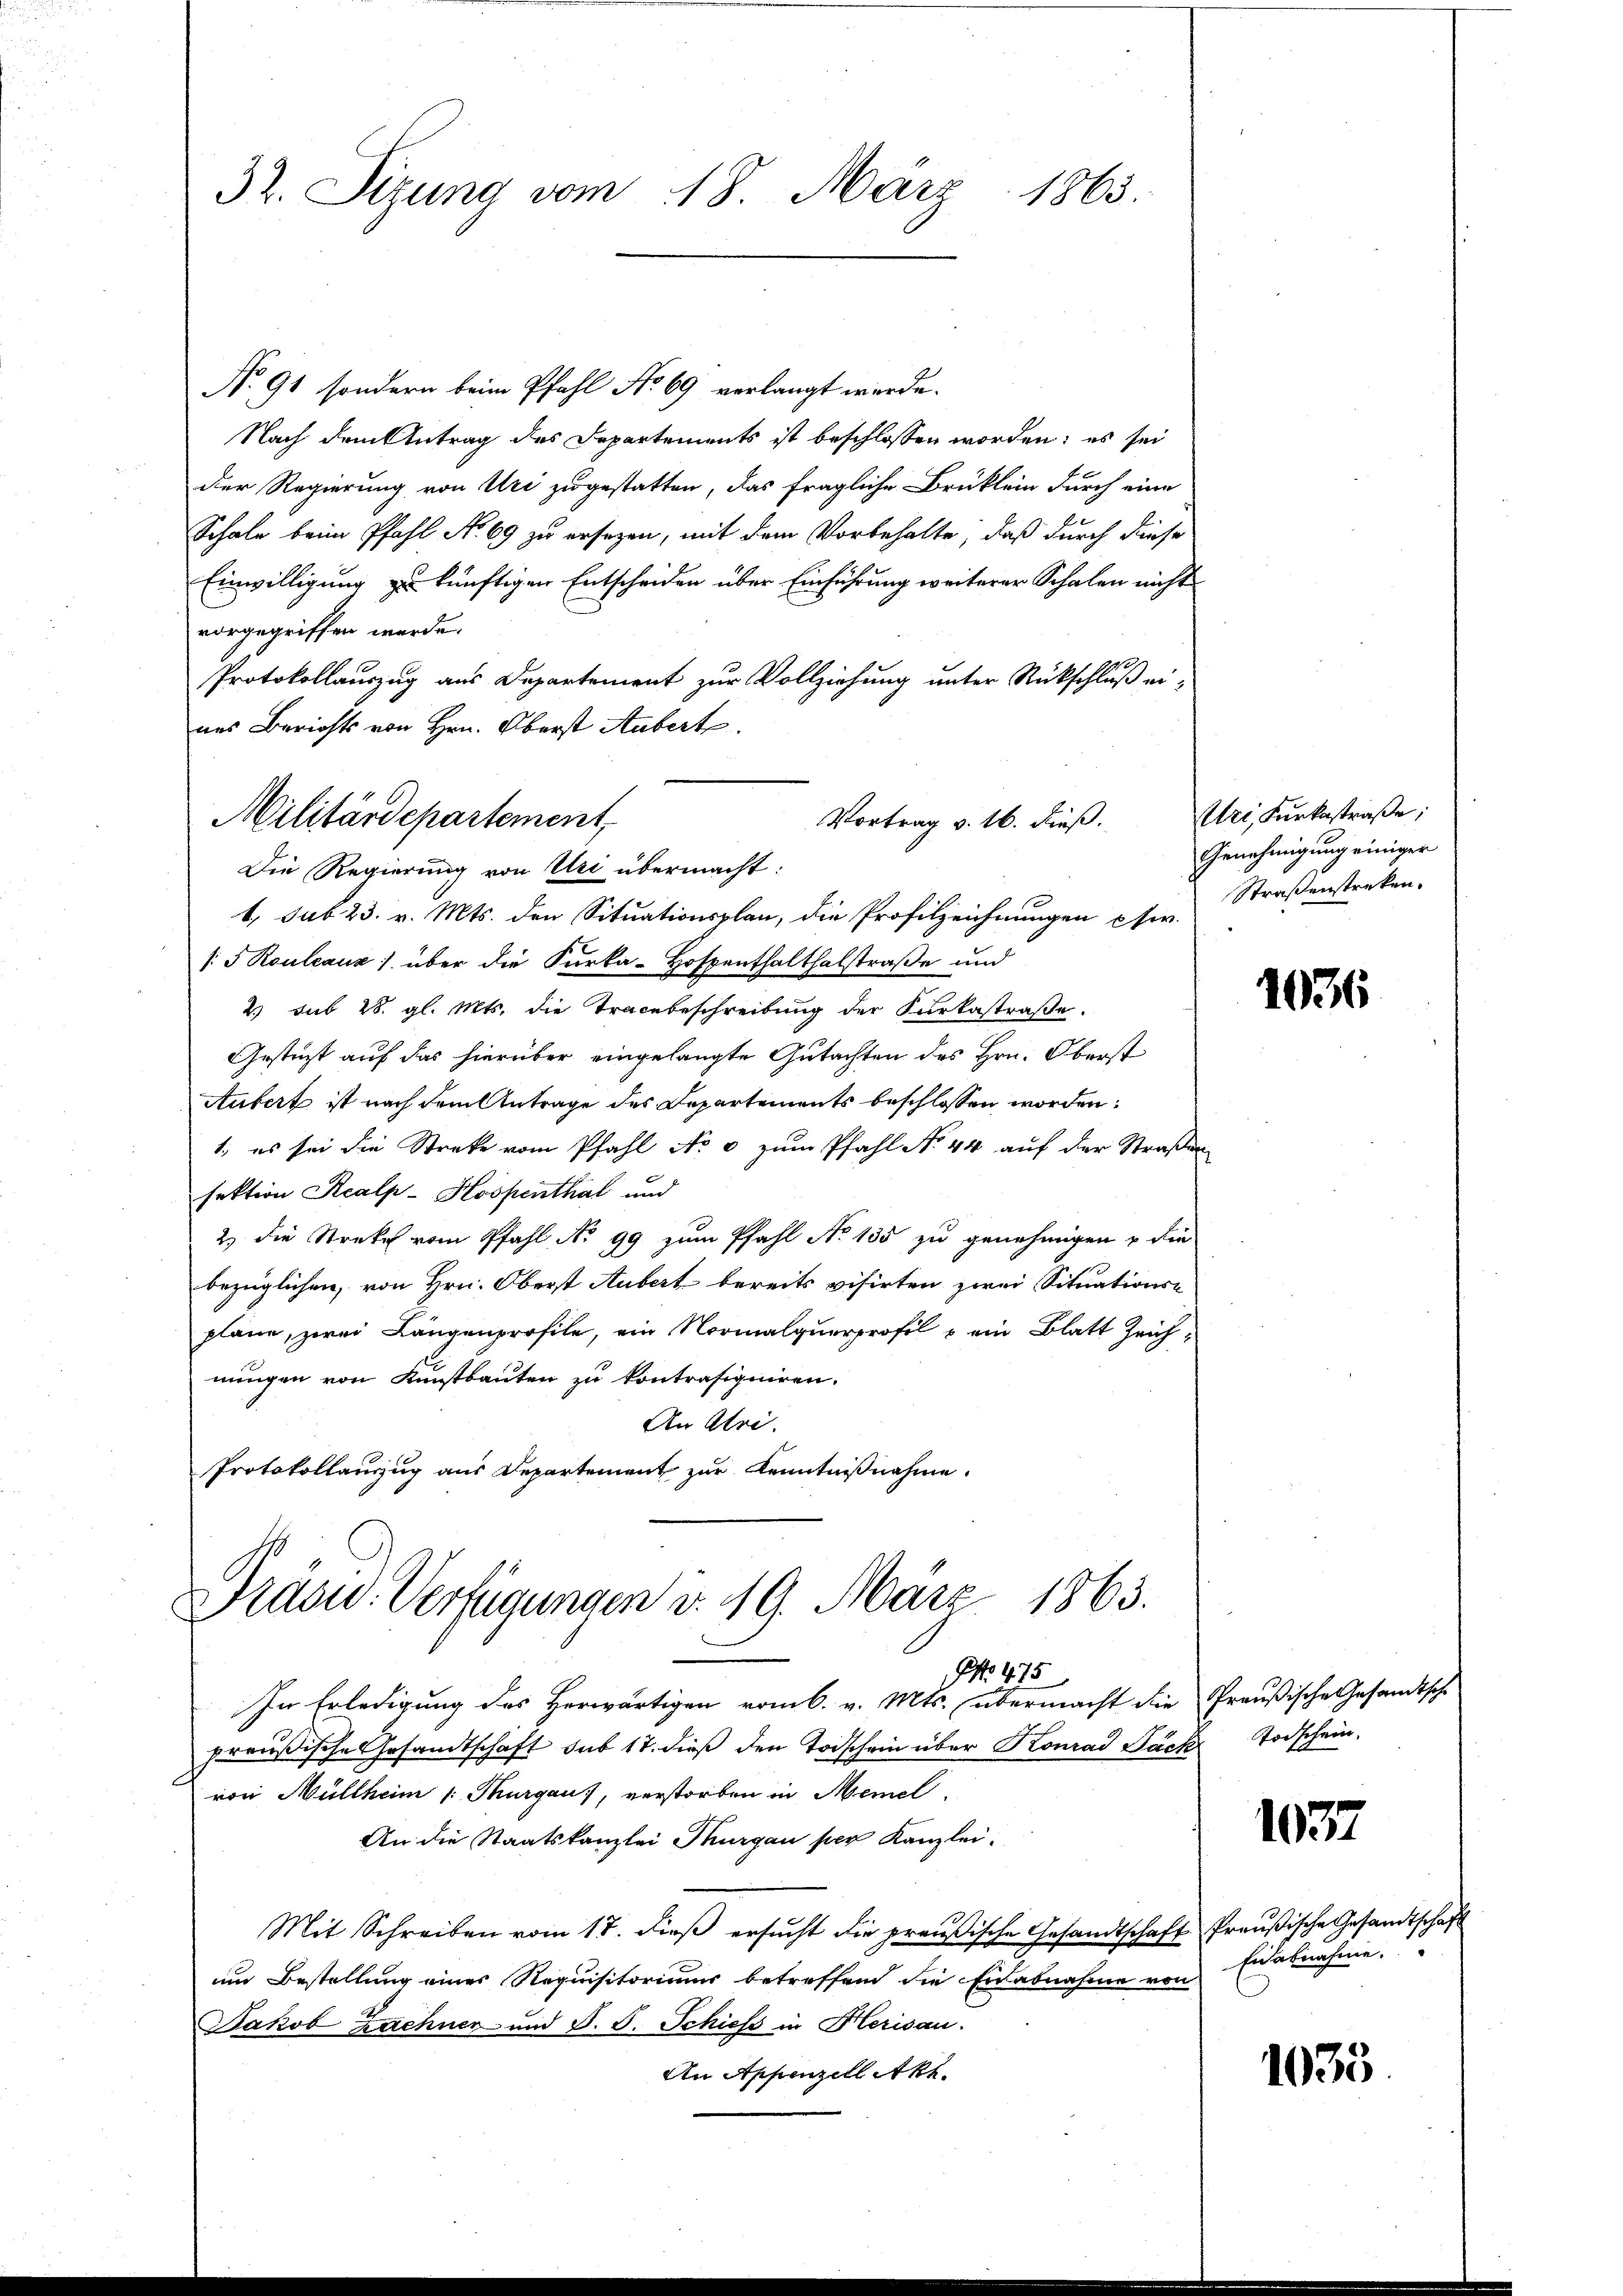
32. Sitzung vom 18. März 1863.

No 91, sondern beim Pfahl No 69 verlangt werde.
Nach dem Antrag des Departements ist beschlossen worden; es sei
Der Regierung von Uri zugestatten, das fragliche Brüklein durch eine
Schale beim Pfahl No 69 zu ersezen, mit dem Vorbehalte, daß durch diese
Einwilligung zu künftigen Entscheiden über Einführung weiterer Schalen nicht
vorgegriffen werde.
Protokollauszug aus Departement zur Vollziehung unter Rückschluß eines Berichts von Hrn. Oberst Aubert.
Vortrag v. 16. dieß.
Die Regierung von Uri übermacht:
1. sub 23. v. Mts. den Situationsplan, die Profilzeichnungen etw
/5 Rouleaux) über die Furka-Hospenthalthalstraße und
2) sub 28. gl. Mts. die Tracebeschreibung der Kurkastraße.
Gestüzt auf das hierüber eingelangte Gutachten des Hrn. Oberst
Aubert ist nach dem Antrage des Departements beschlossen worden:
1. es sei die Streke vom Pfahl No 0 zŭm Pfahl No 44 aŭf der Straßen
sektion Realp-Hospenthal und
2.) die Streke vom Pfahl No 99 zum Pfahl No 135 zu genehmigen u. die
bezüglichen, von Hrn. Oberst Aubert bereits visirten zwei Situations-
plane, zwei Längenprofile, ein Normalquerprofil - ein Blatt Zeichnungen von Kunstbauten zu kontrasigniren.
An Uri.
Protokollauszug aus Departement zur Kenntnißnahme.
Präsid. Verfügungen v. 19. März 1863.
NNo. 475.
In Erledigung des Herwärtigen vom 6. v. Mts. übermacht die Preußische Gesandtsche
preußische Gesandtschaft sub 17. dieß den Todschein über Konrad Säck Todschein,
von Müllheim /: Thurgau, verstorben in Memel
An die Staatskanzlei Thurgau per Kanzlei.
Mit Schreiben vom 17. dieβ ersŭcht die preußische Gesandtschaft Preußische Gesandtschaft
um Bestellung eines Requisitoriums betreffend die Einabnahme von
Jakob Zachner- und S. S. Schiess in Herisau.
An Appenzell Akt.

Militärdepartement,

Uri, Furkastraße;
Genehmigung einiger
Straßensterken.

1036

1037

Eidalnahme.

1035